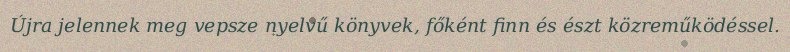
Újra jelennek meg vepsze nyelvű könyvek, főként finn és észt közreműködéssel.